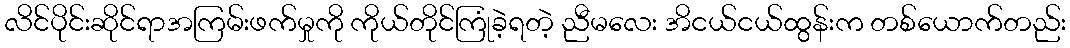
လိင်ပိုင်းဆိုင်ရာအကြမ်းဖက်မှုကို ကိုယ်တိုင်ကြုံခဲ့ရတဲ့ ညီမလေး အိငယ်ငယ်ထွန်းက တစ်ယောက်တည်း